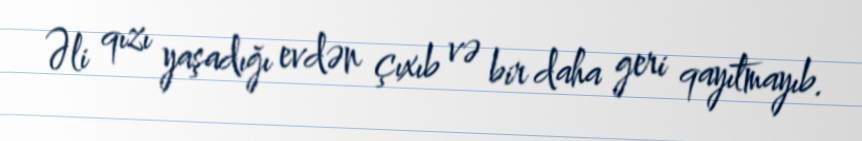
Əli qızı yaşadığı evdən çıxıb və bir daha geri qayıtmayıb.